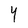
Character: Y